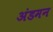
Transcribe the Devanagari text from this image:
अंडमन